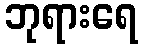
ဘုရားရေ